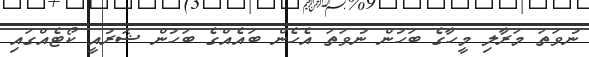
ނުވަތަ މަރާލި މީހާގެ ބަހުން ނުވަތަ އެހެން ބައެއްގެ ބަހުން ޝަރުއީ ކޯޓެއްގައި